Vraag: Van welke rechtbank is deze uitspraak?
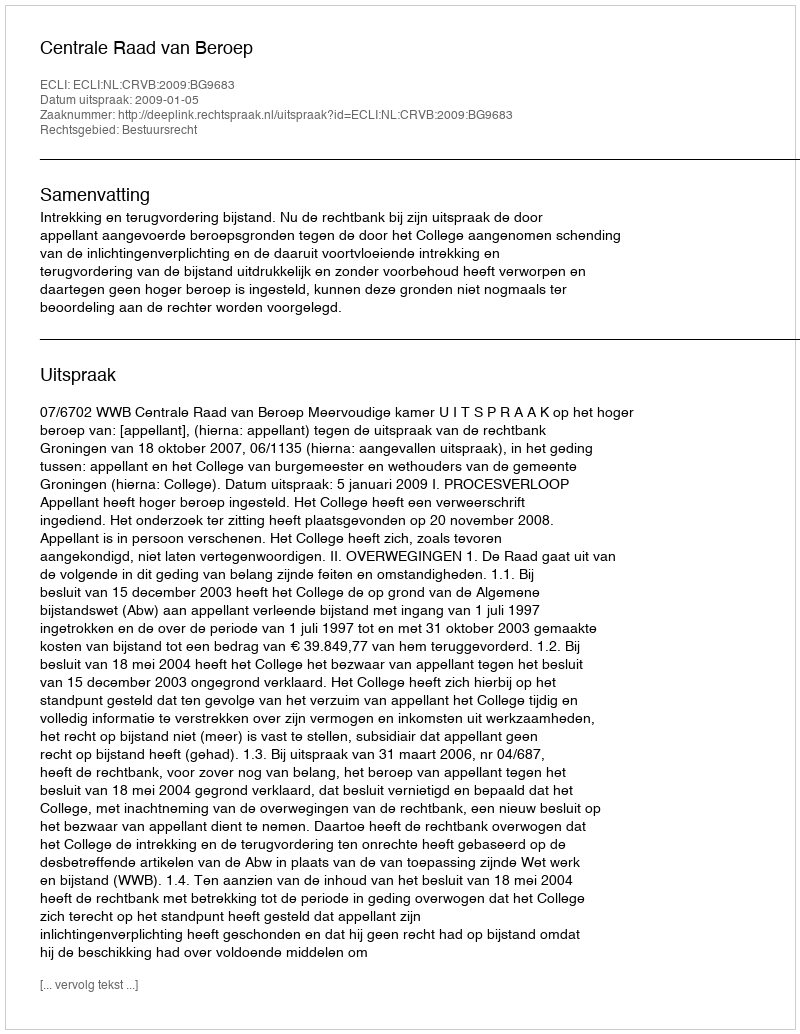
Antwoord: Centrale Raad van Beroep